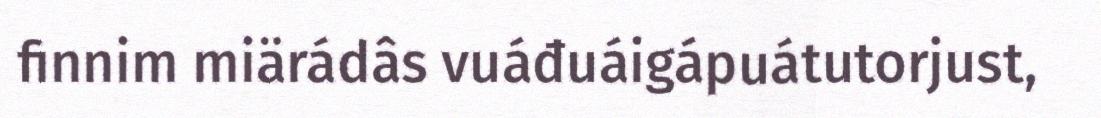
finnim miärádâs vuáđuáigápuátutorjust,